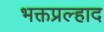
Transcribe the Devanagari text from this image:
भक्तप्रल्हाद